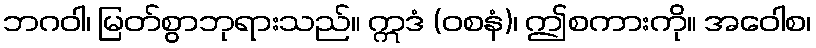
ဘဂဝါ၊ မြတ်စွာဘုရားသည်။ ဣဒံ (ဝစနံ)၊ ဤစကားကို။ အဝေါစ၊